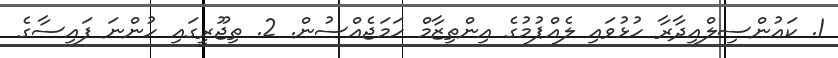
1. ކައުންސިލްއިދާރާ ހުޅުވައި ލެއްޕުމުގެ އިންތިޒާމް ހަމަޖެއްސުން. 2. ތިޖޫރީގައި ހުންނަ ފައިސާގެ